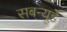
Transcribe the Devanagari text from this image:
सबन्यूडे